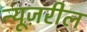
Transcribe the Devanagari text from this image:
न्यूज़रील